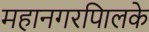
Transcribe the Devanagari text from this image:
महानगरपािलके